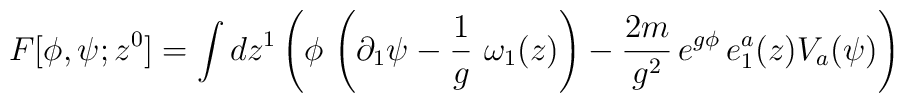
F[\phi ,\psi ;z^0]=\int dz^1\left( \phi \,\left( \partial_1\psi -{\frac 1g}~\omega _1(z)\right) -\frac{2m}{g^2}\,e^{g\phi}\,e_1^a(z)V_a(\psi )\right) \